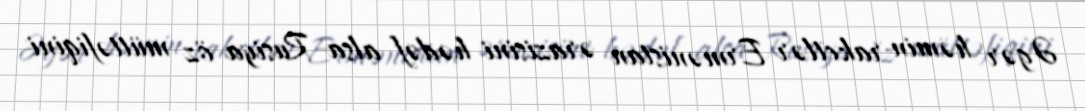
Əgər həmin raketlər Ermənistan ərazisini hədəf alsa Rusiya öz müttəfiqini